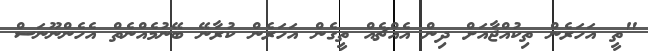
"ތީ އަހަރެން ތިކުއްޖާއަށް ދިން އެއްޗެއް ތީގެން އަހަރެން ކުރާނޭ ބޭނުމެއްނެތް އެހެންނޫނަސް